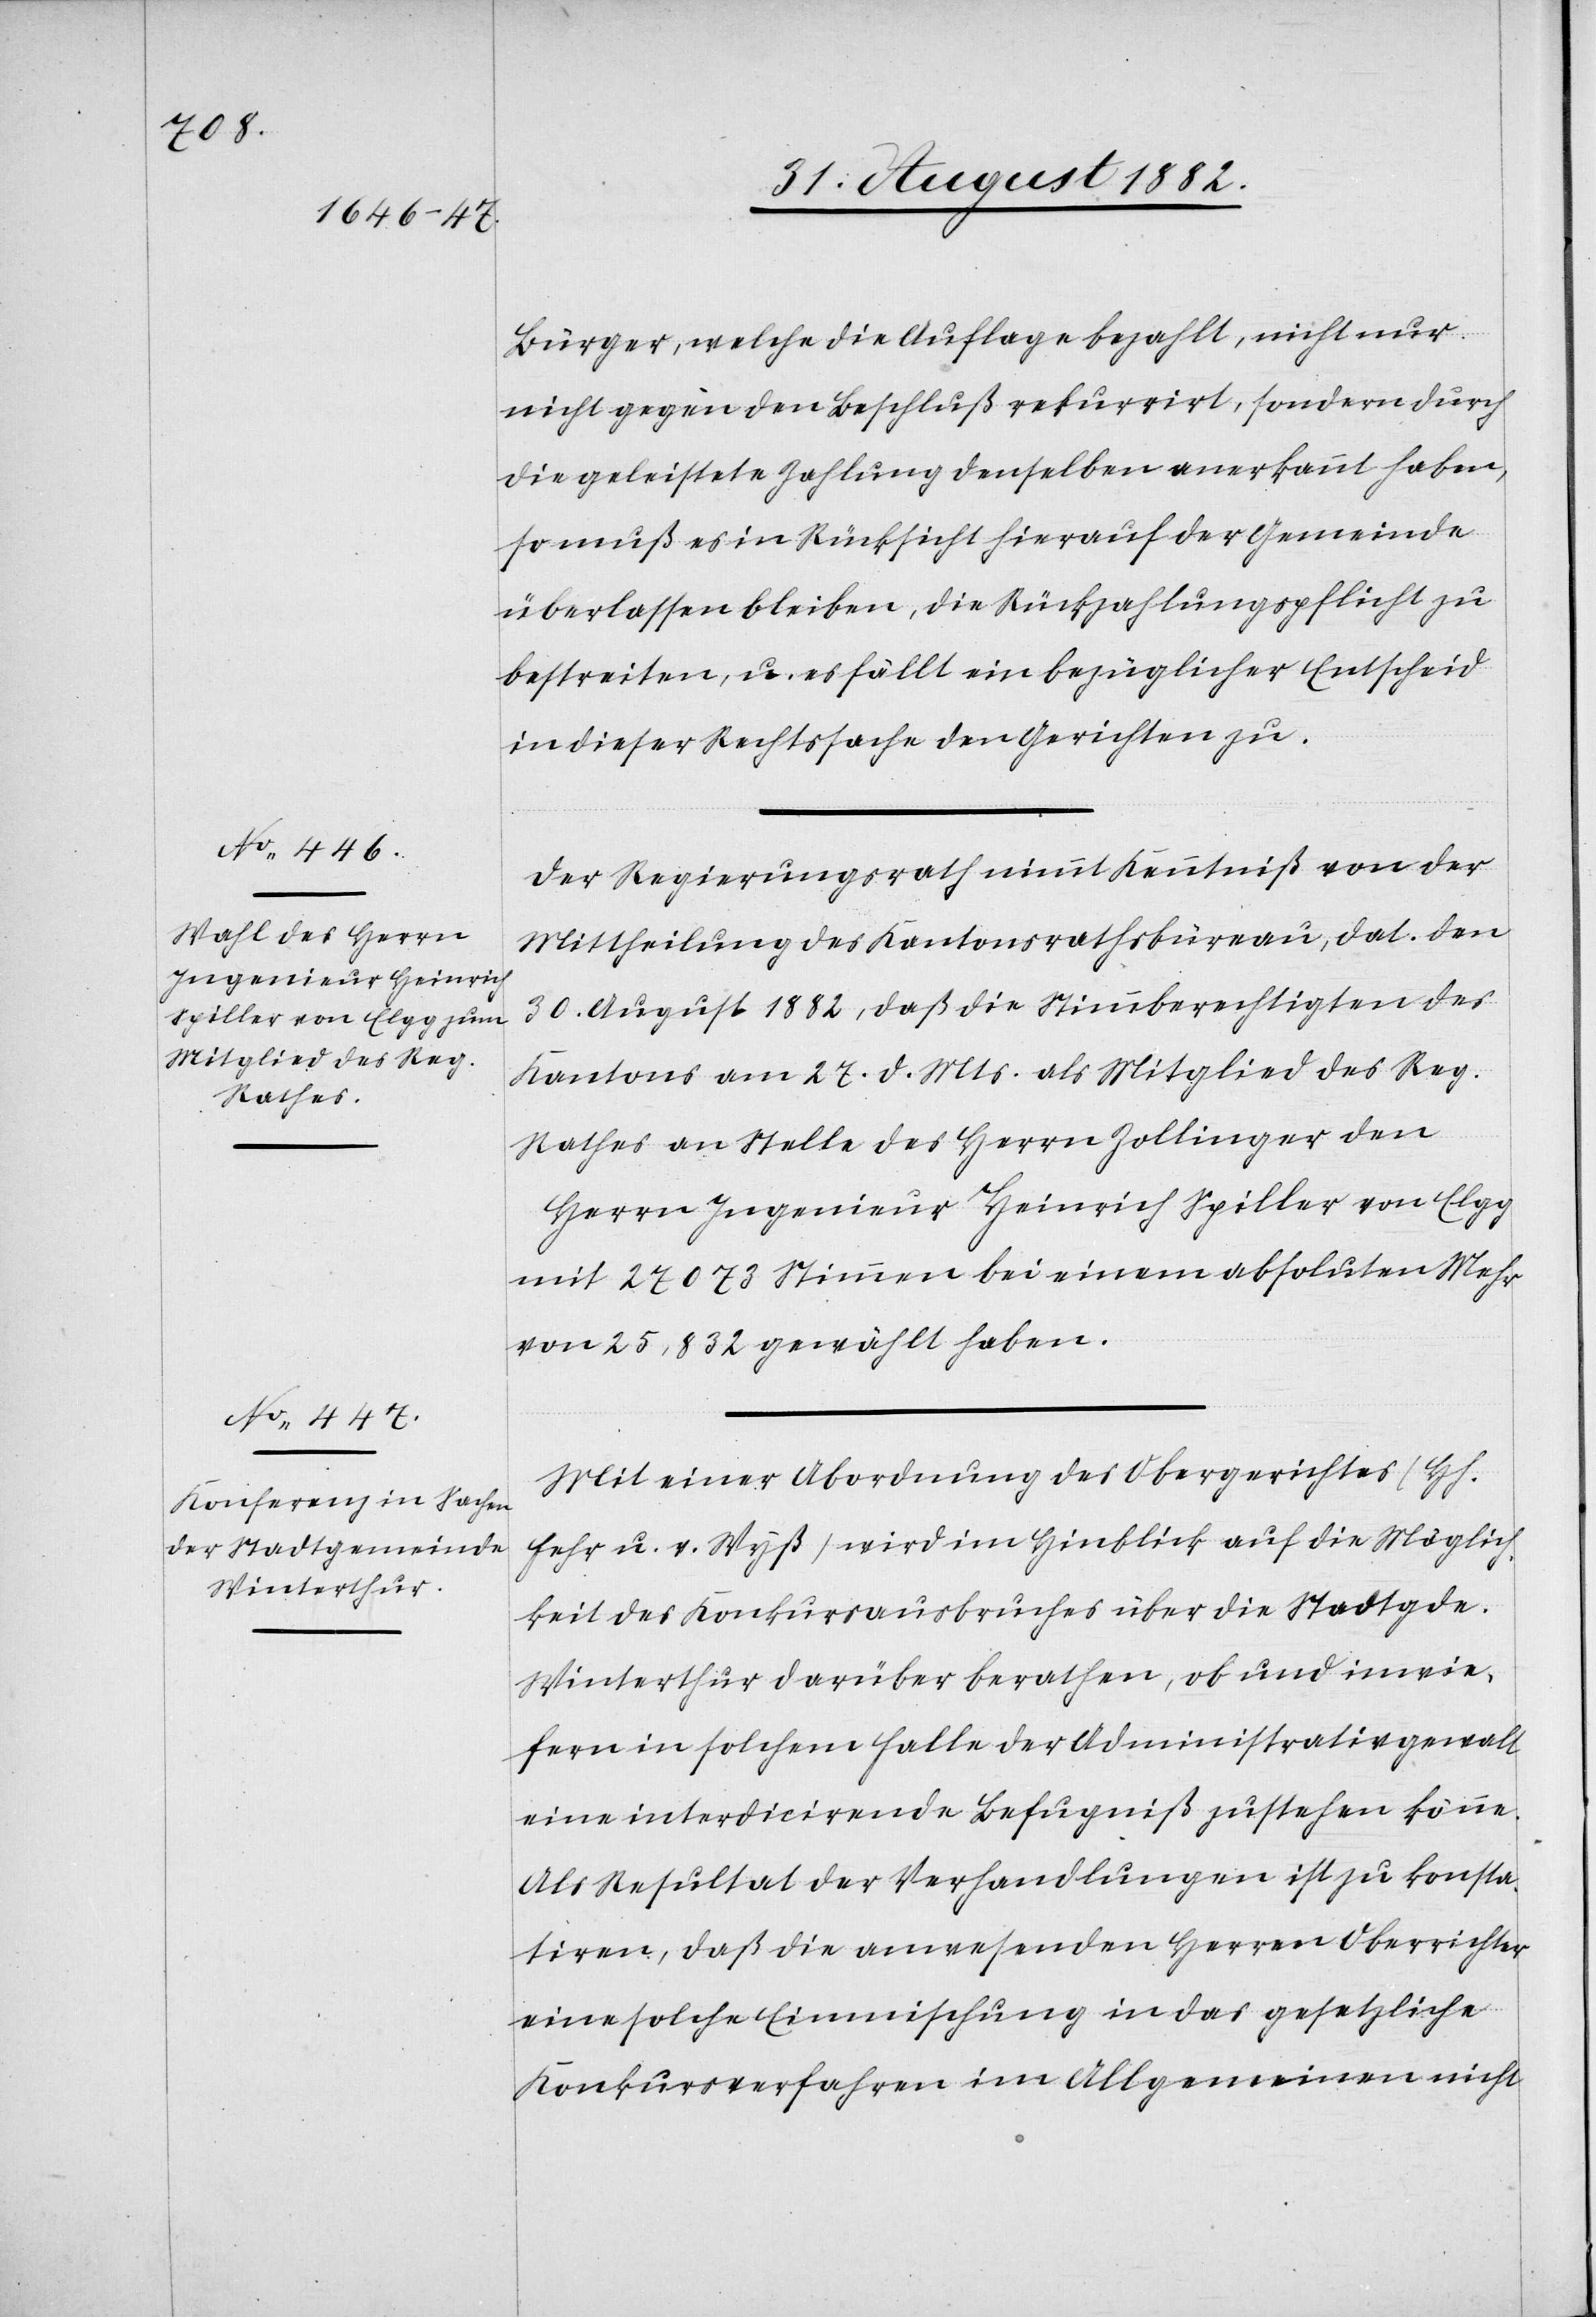
Bürger, welche die Auflage bezahlt, nicht nur
nicht gegen den Beschluß rekurrirt, sondern durch
die geleistete Zahlung denselben anerkannt haben,
so muß es in Rücksicht hierauf der Gemeinde
überlassen bleiben, die Rückzahlungspflicht zu
bestreiten, u. es fällt ein bezüglicher Entscheid
in dieser Rechtssache den Gerichten zu.
Der Regierungsrath nimmt Kenntniß von der
Mittheilung des Kantonsrathes, dat. den
30. August 1882, daß die Stimmberechtigten des
Kantons am 27. d. Mts. als Mitglied des Reg.
Rathes an Stelle des Herrn Zollinger den
Herrn Ingenieur Heinrich Spiller von Elgg
mit 27 073 Stimmen bei einem absoluten Mehr
von 25,832 gewählt haben.
Mit einer Abordnung des Obergerichtes (Hh.
Fehr u. v. Wyß) wird im Hinblick auf die Möglich¬
keit des Konkursausbruches über die Stadtgemeinde
Winterthur darüber berathen, ob und inwie¬
fern in solchem Falle der Administrativgewalt
eine interdicirende Befugniß zustehen könne.
Als Resultat der Verhandlungen ist zu konsta¬
tiren, daß die anwesenden Herren Oberrichter
eine solche Einmischung in das gesetzliche
Konkursverfahren im Allgemeinen nicht